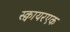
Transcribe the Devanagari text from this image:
स्क्वायरएक